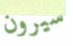
سيرون